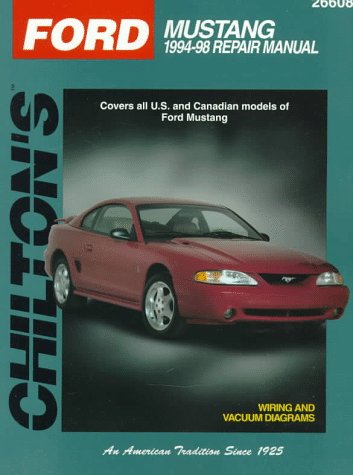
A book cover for Ford: Mustang 1994-98 (Chilton's Total Car Care Repair Manuals); The Chilton Editors; Engineering & Transportation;